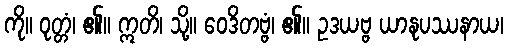
ကို။ ဝုတ္တံ၊ ၏။ ဣတိ၊ သို့။ ဝေဒိတဗ္ဗံ၊ ၏။ ဥဒယဗ္ဗ ယာနုပဿနာယ၊